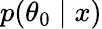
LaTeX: p(\theta_{0}\mid x)